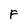
Character: F